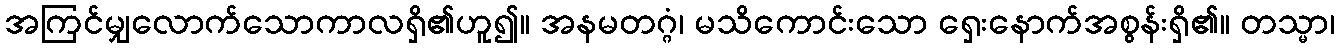
အကြင်မျှလောက်သောကာလရှိ၏ဟူ၍။ အနမတဂ္ဂံ၊ မသိကောင်းသော ရှေးနောက်အစွန်းရှိ၏။ တသ္မာ၊